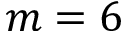
m = 6